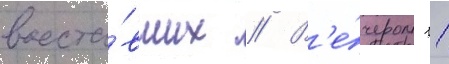
восста́вших // В'е́чером 11